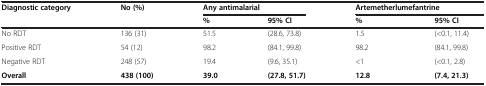
| Diagnostic category | No (%) | <COLSPAN=2> Any antimalarial | <COLSPAN=2> Artemetherlumefantrine |
 |  |  | % | 95% CI | % | 95% CI |
 | --- | --- | --- | --- | --- | --- |
 | No RDT | 136 (31) | 51.5 | (28.6, 73.8) | 1.5 | (<0.1, 11.4) |
 | Positive RDT | 54 (12) | 98.2 | (84.1, 99.8) | 98.2 | (84.1, 99.8) |
 | Negative RDT | 248 (57) | 19.4 | (9.6, 35.1) | <1 | (<0.1, 2.8) |
 | Overall | 438 (100) | 39.0 | (27.8, 51.7) | 12.8 | (7.4, 21.3) |